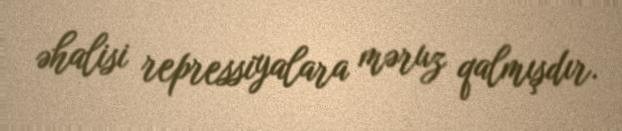
əhalisi repressiyalara məruz qalmışdır.